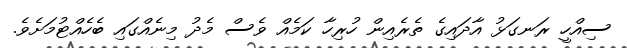
ސިއްހީ ރަނގަޅު އާދައިގެ ތެރެއިން ހުރިހާ ކަމެއް ވެސް މެދު މިނެއްގައި ބެހެއްޓުމަށެވެ.